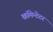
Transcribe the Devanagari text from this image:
कॉमेन्टेटर